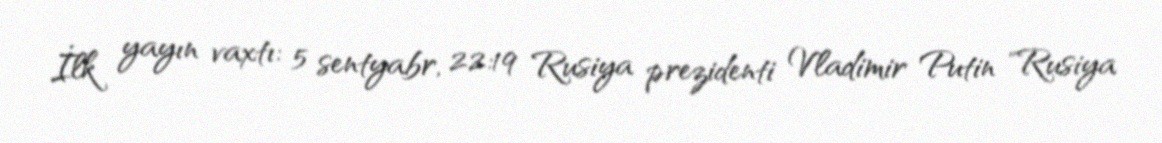
İlk yayın vaxtı: 5 sentyabr, 22:19 Rusiya prezidenti Vladimir Putin "Rusiya